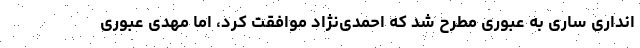
انداری ساری به عبوری مطرح شد که احمدی‌نژاد موافقت کرد، اما مهدی عبوری